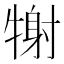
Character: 𤚑